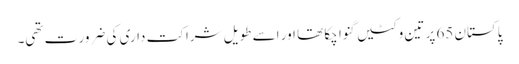
پاکستان 65 پر تین وکٹیں گنوا چکا تھا اور اسے طویل شراکت داری کی ضرور ت تھی۔